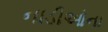
નાડીઓના